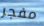
مفجر